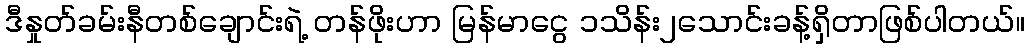
ဒီနှုတ်ခမ်းနီတစ်ချောင်းရဲ့ တန်ဖိုးဟာ မြန်မာငွေ ၁သိန်း၂သောင်းခန့်ရှိတာဖြစ်ပါတယ်။